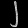
Digit: ၂